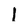
Character: l